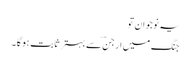
یہ نوجوان تو
جنگ میں ارجنؔ سے بہتر ثابت ہو گا ۔